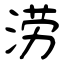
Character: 涝